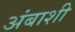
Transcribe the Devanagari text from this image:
अंबाशी